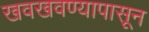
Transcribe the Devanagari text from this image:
खवखवण्यापासून